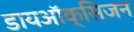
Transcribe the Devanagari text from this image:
डायऑक्सिजन